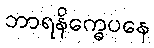
ဘာရနိက္ခေပနေ